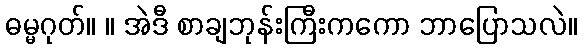
ဓမ္မဂုတ်။ ။ အဲဒီ စာချဘုန်းကြီးကကော ဘာပြောသလဲ။